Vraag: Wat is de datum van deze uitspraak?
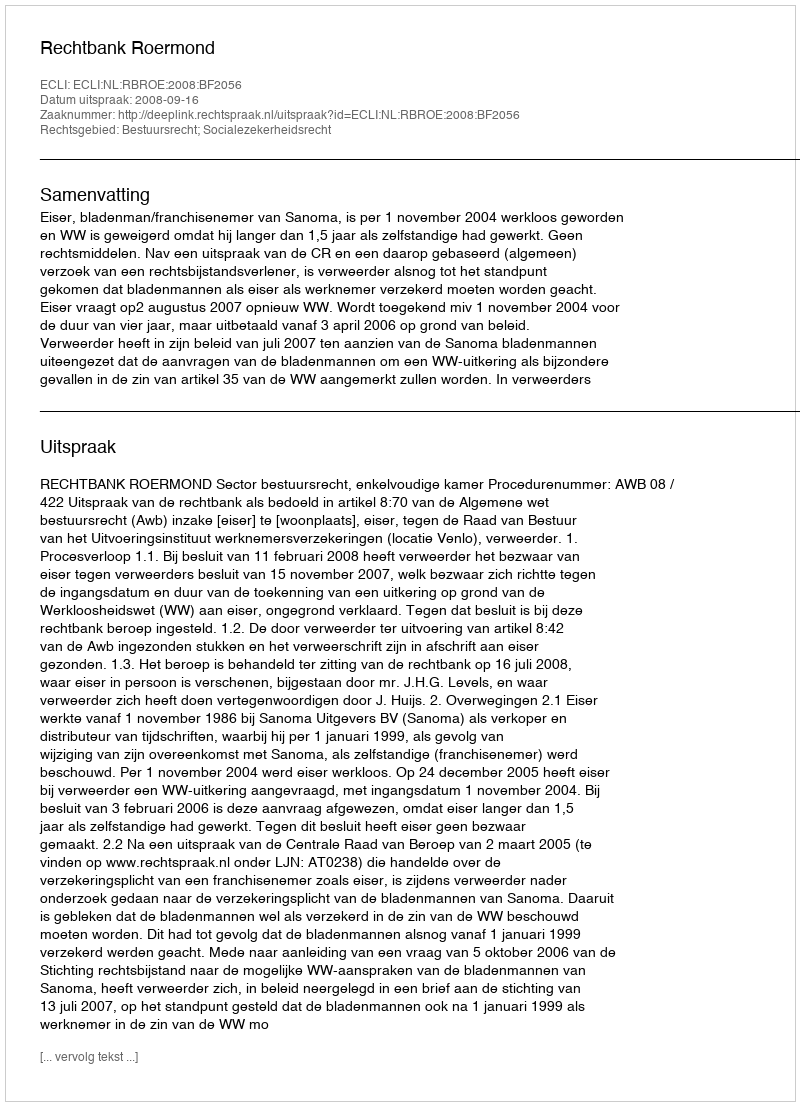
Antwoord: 2008-09-16